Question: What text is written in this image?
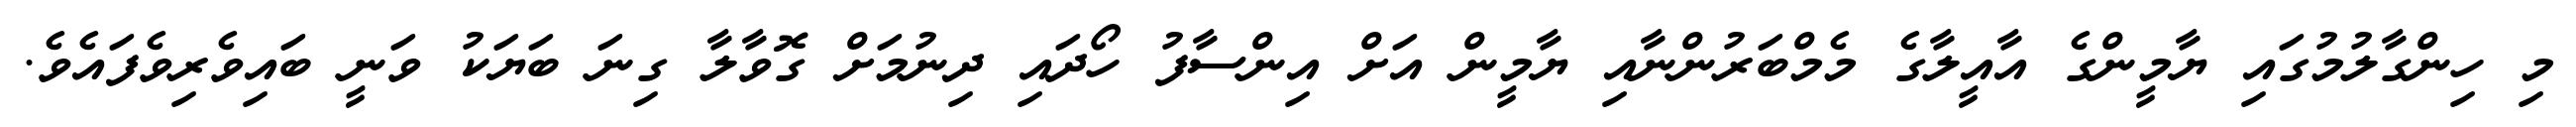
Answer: މި ހިންގާލުމުގައި ޔާމީންގެ އާއީލާގެ މެމްބަރުންނާއި ޔާމީން އަށް އިންސާފު ހޯދައި ދިނުމަށް ގޮވާލާ ގިނަ ބަޔަކު ވަނީ ބައިވެރިވެފައެވެ.